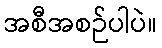
အစီအစဉ်ပါပဲ။